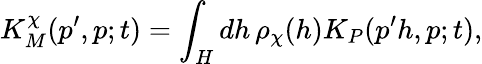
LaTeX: K_{M}^{\chi}(p^{\prime},p;t)=\int_{H}dh\, \rho_{\chi}(h)K_{P}(p^{\prime}h,p;t),